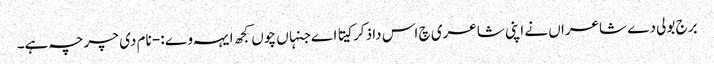
برج بولی دے شاعراں نے اپنی شاعری چ اس دا ذکر کیتا اے جنہاں چوں کجھ ایہہ وے :- نام دی چرچہ ہے۔